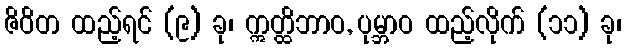
ဇိဝိတ ထည့်ရင် (၉) ခု၊ ဣတ္ထိဘာဝ, ပုမ္ဘာဝ ထည့်လိုက် (၁၁) ခု၊